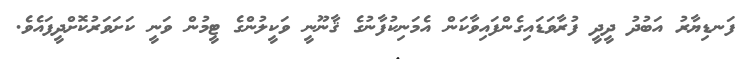
ފަނޑިޔާރު އަބުދު ދީދީ ފުރާވަޑައިގެންފައިވާކަން އެމަނިކުފާނުގެ ޤާނޫނީ ވަކީލުންގެ ޓީމުން ވަނީ ކަށަވަރުކޮށްދީފައެވެ.